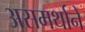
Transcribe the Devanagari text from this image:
असमर्थानें